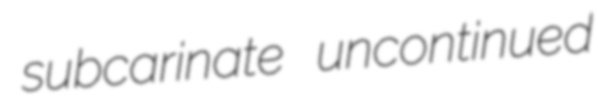
subcarinate uncontinued